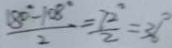
\frac { 1 8 0 ^ { \circ } - 1 0 8 ^ { \circ } } { 2 } = \frac { 7 2 ^ { \circ } } { 2 } = 3 6 ^ { \circ }